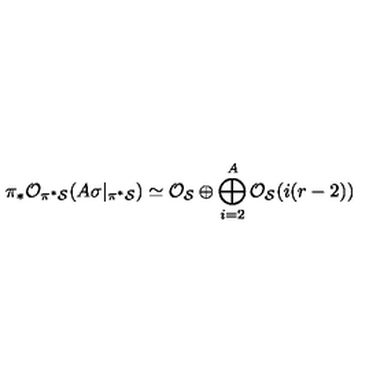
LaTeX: \pi _ { * } { \cal O } _ { \pi ^ { * } { \cal S } } ( A \sigma | _ { \pi ^ { * } { \cal S } } ) \simeq { \cal O } _ { { \cal S } } \oplus \bigoplus _ { i = 2 } ^ { A } { \cal O } _ { { \cal S } } ( i ( r - 2 ) )